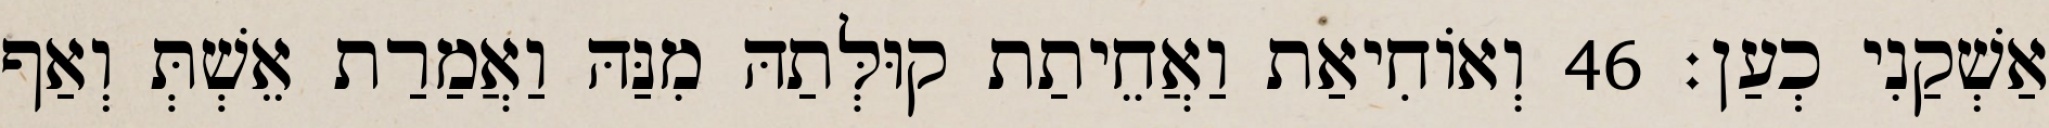
אַשְׁקַנִי כְעַן׃ 46 וְאוֹחִיאַת וַאֲחֵיתַת קוּלְּתַהּ מִנַּהּ וַאֲמַרַת אֵשְׁתְּ וְאַף